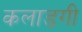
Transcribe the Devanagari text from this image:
कलाडगी